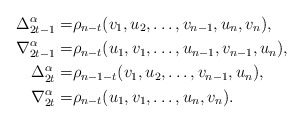
\begin{align*} \Delta^{\alpha}_{2t-1}=& \rho_{n-t}(v_1,u_2,\ldots,v_{n-1},u_n,v_n),\\ \nabla^{\alpha}_{2t-1}=& \rho_{n-t}(u_1,v_1,\ldots,u_{n-1},v_{n-1},u_n),\\ \Delta^{\alpha}_{2t}=& \rho_{n-1-t}(v_1,u_2,\ldots,v_{n-1},u_n),\\ \nabla^{\alpha}_{2t}=& \rho_{n-t}(u_1,v_1,\ldots,u_n,v_n).\end{align*}